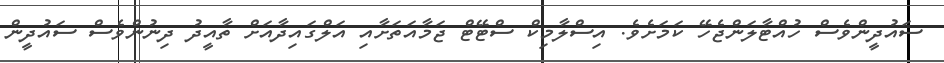
ސައުދީންވެސް ހުއްޓާލަންޖެހޭ ކަމަށެވެ. އިސްލާމިކް ސްޓޭޓް ޖަމާއަތަށާއި އަލްގައިދާއަށް ތާއީދު ދިނުންވެސް ސައުދީން